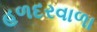
હળદરવાળા